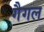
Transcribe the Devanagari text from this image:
गैगल